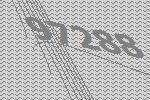
97288